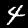
Label: 4